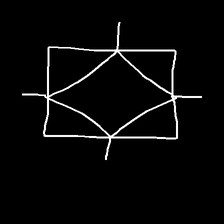
Glyph: light